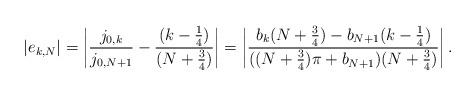
LaTeX: \begin{align*} |e_{k,N}| = \left|\frac{j_{0,k}}{j_{0,N+1}} - \frac{(k-\frac{1}{4})}{(N+\frac{3}{4})}\right| = \left|\frac{b_k(N+\frac{3}{4})-b_{N+1}(k-\frac{1}{4})}{((N+\frac{3}{4})\pi+b_{N+1})(N+\frac{3}{4})}\right|. \end{align*}